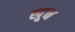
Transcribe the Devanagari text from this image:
खू़न